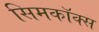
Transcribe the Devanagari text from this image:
सिमकॉक्स